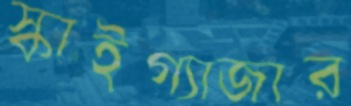
স্কাইগ্যাজার